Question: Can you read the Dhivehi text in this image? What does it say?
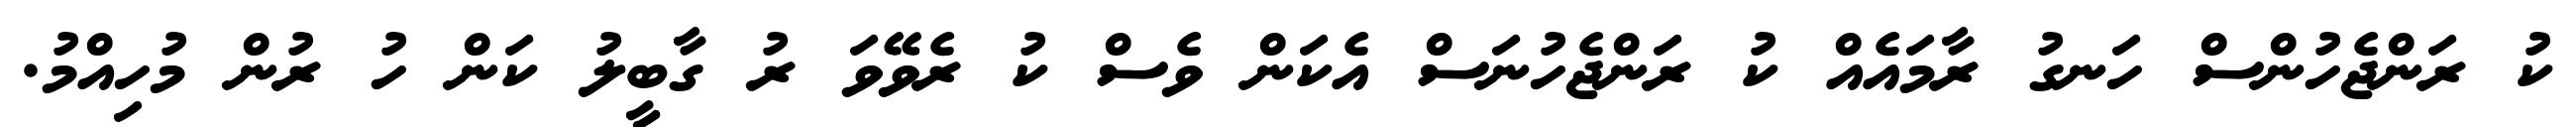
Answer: ކު ރަންޖެހުންސް ހަނގު ރާމައެއް ކު ރަންޖެހުނަސް އެކަން ވެސް ކު ރެވޭވަ ރު ގާބީލު ކަން ހު ރުން މުހިއްމު.